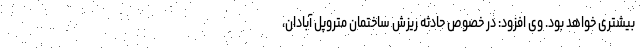
بیشتری خواهد بود. وی افزود: در خصوص حادثه ریزش ساختمان متروپل آبادان،